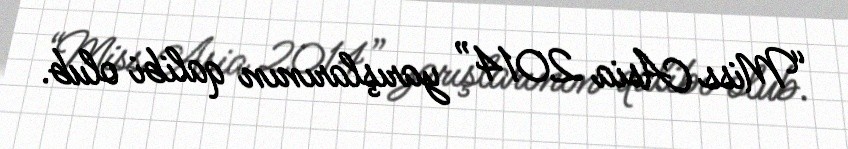
“Miss Asia 2014” yarışlarının qalibi olub.